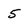
Character: 5